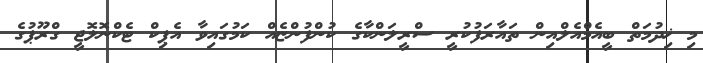
މި ޚިދުމަތް ބީއެމްއެލްއިން ތައާރަފުކުރީ ސްރީލަންކާގެ ކުންފުންޏެއް ކަމުގައިވާ އެޕިކް ޓެކްނޮލޮޖީ ގްރޫޕުގެ